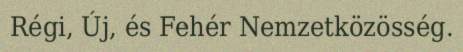
Régi, Új, és Fehér Nemzetközösség.